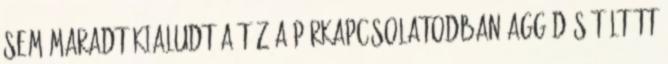
sem maradt kialudt a tűz a párkapcsolatodban aggódás töltött